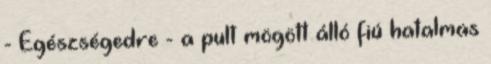
- Egészségedre - a pult mögött álló fiú hatalmas